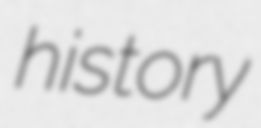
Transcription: history